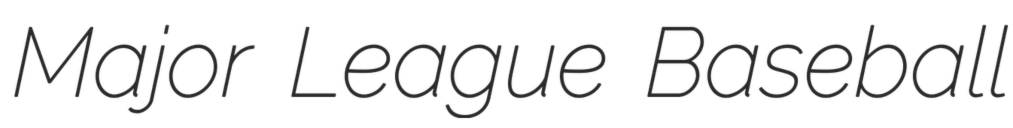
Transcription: Major League Baseball